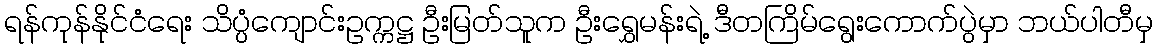
ရန်ကုန်နိုင်ငံရေး သိပ္ပံကျောင်းဥက္ကဋ္ဌ ဦးမြတ်သူက ဦးရွှေမန်းရဲ့ ဒီတကြိမ်ရွေးကောက်ပွဲမှာ ဘယ်ပါတီမှ